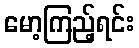
မော့ကြည့်ရင်း